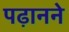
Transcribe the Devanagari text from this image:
पढ़ानने